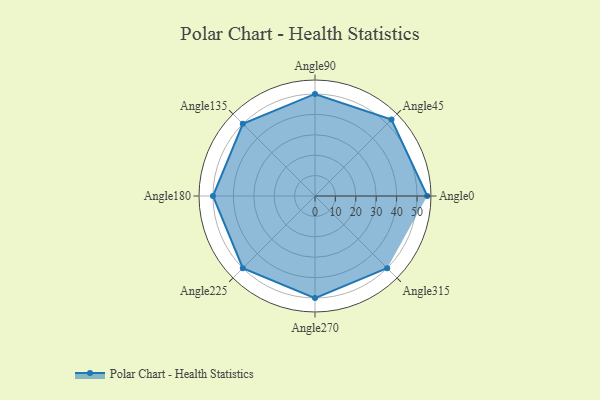
{"axis": {"x": "Angle", "y": "Radius"}, "legend": [""], "data": [{"x": "Angle0", "y": 55.0, "type": ""}, {"x": "Angle45", "y": 53.0, "type": ""}, {"x": "Angle90", "y": 50, "type": ""}, {"x": "Angle135", "y": 50, "type": ""}, {"x": "Angle180", "y": 50, "type": ""}, {"x": "Angle225", "y": 50, "type": ""}, {"x": "Angle270", "y": 50.0, "type": ""}, {"x": "Angle315", "y": 50, "type": ""}]}